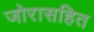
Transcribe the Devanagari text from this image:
जोरासहित